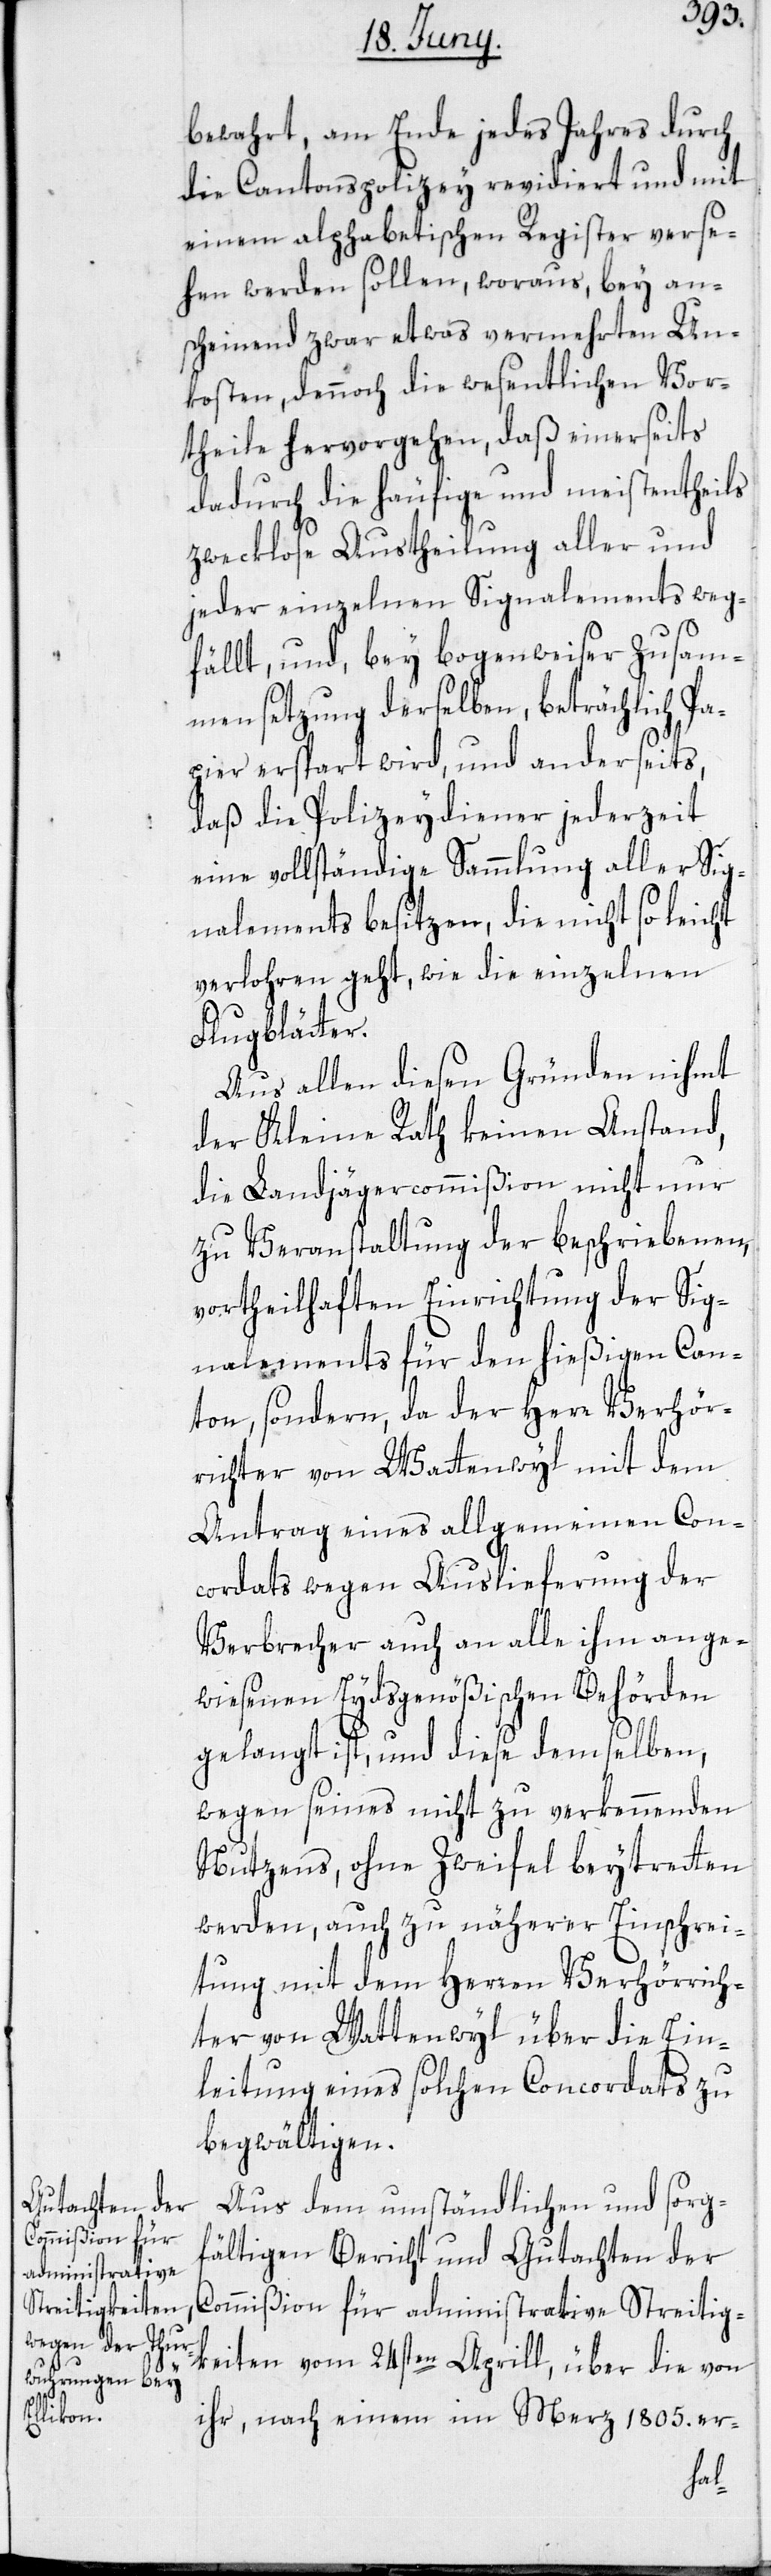
bewahrt, am Ende jedes Jahres durch
die Cantonspolizey revidiert und mit
einem alphabetischen Register verse¬
hen werden sollen, woraus, bey an¬
scheinend zwar etwas vermehrten Un¬
kosten, dennoch die wesentlichen Vor¬
theile hervorgehen, daß einerseits
dadurch die häufige und meistentheils
zwecklose Austheilung aller und
jeder einzelnen Signalements weg¬
fällt, und, bey bogenweiser Zusam¬
mensetzung derselben, beträchtlich P¬
apier erspart wird, und anderseits,
daß die Polizeydiener jederzeit
eine vollständige Sammlung aller Sig¬
nalements besitzen, die nicht so leicht
verlohren geht, wie die einzelnen
Flugblätter.
Aus allen diesen Gründen nimmt
der Kleine Rath keinen Anstand,
die Landjägercommißion nicht nur
zu Veranstaltung der beschriebenen,
vortheilhaften Einrichtung der Sig¬
nalements für den hießigen Can¬
ton, sondern, da der Herr Verhör¬
richter von Wattenwyl mit dem
Antrag eines allgemeinen Con¬
cordats wegen Auslieferung der
Verbrecher auch an alle ihm ange¬
wiesenen Eydsgenößischen Behörden
gelangt ist, und diese demselben,
wegen seines nicht zu verkennenden
Nutzens, ohne Zweifel beytretten
werden, auch zu näherer Einschrei¬
tung mit dem Herren Verhörrich¬
ter von Wattenwyl über die Ein¬
leitung eines solchen Concordats zu
begwältigen.
Aus dem umständlichen und sorg¬
fältigen Bericht und Gutachten der
Commißion für administrative Streitig¬
keiten vom 24sten Aprill, über die von
ihr, nach einem im Merz 1805. er-